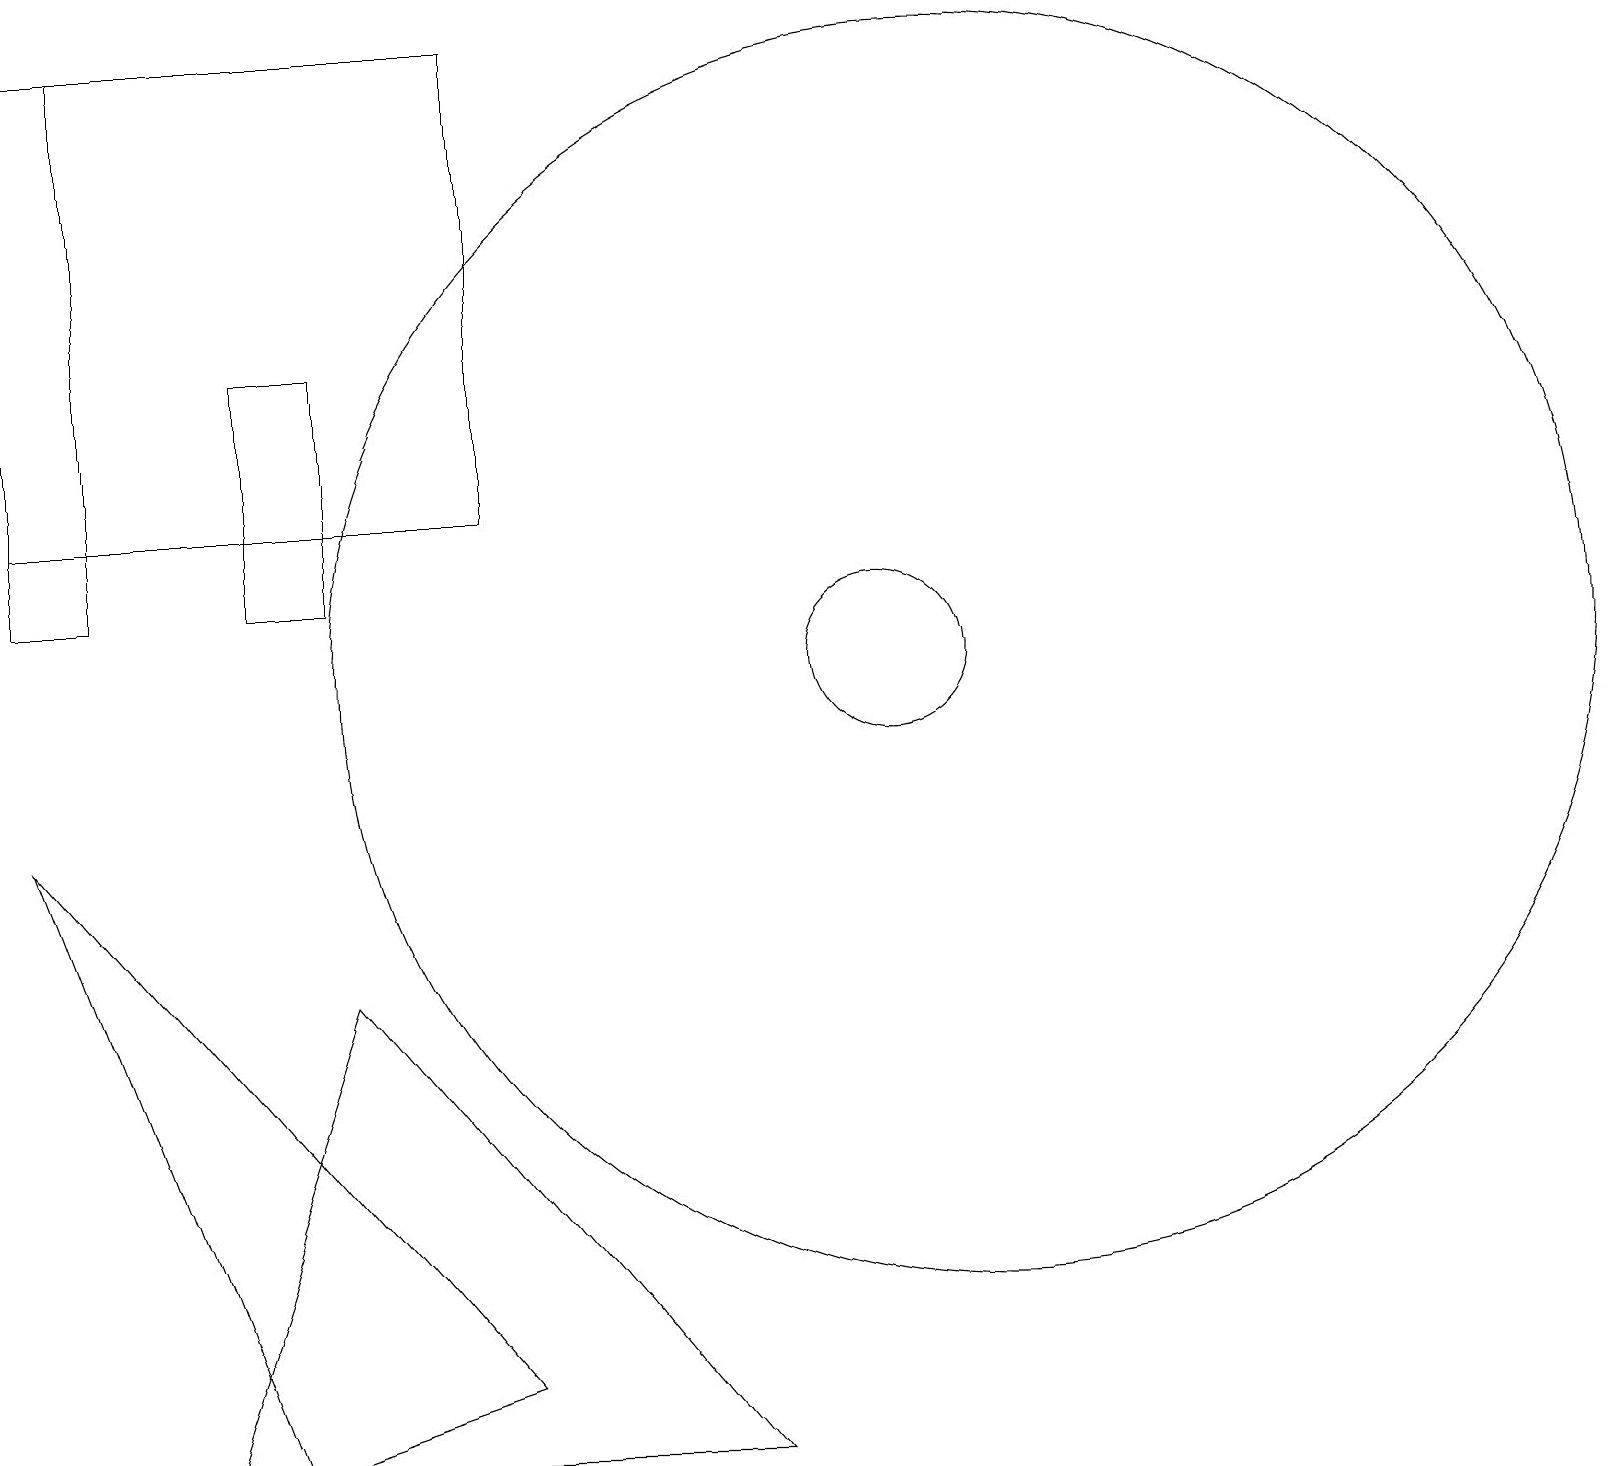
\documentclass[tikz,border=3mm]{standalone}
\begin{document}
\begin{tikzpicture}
\draw (0,8) -- (3,0) -- (6,1) -- cycle;
\draw (4,6) -- (2,0) -- (9,0) -- cycle;
\draw (11,12) circle (0);
\draw (11,10) circle (1);
\draw (0,12) rectangle (6,18);
\draw (0,18) rectangle (1,11);
\draw (3,11) rectangle (4,14);
\draw (12,10) circle (8);
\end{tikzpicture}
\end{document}